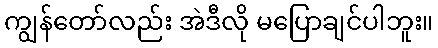
ကျွန်တော်လည်း အဲဒီလို မပြောချင်ပါဘူး။